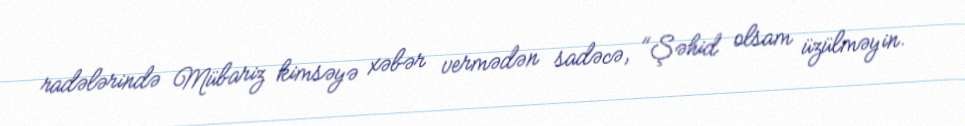
radələrində Mübariz kimsəyə xəbər vermədən sadəcə, "Şəhid olsam üzülməyin.